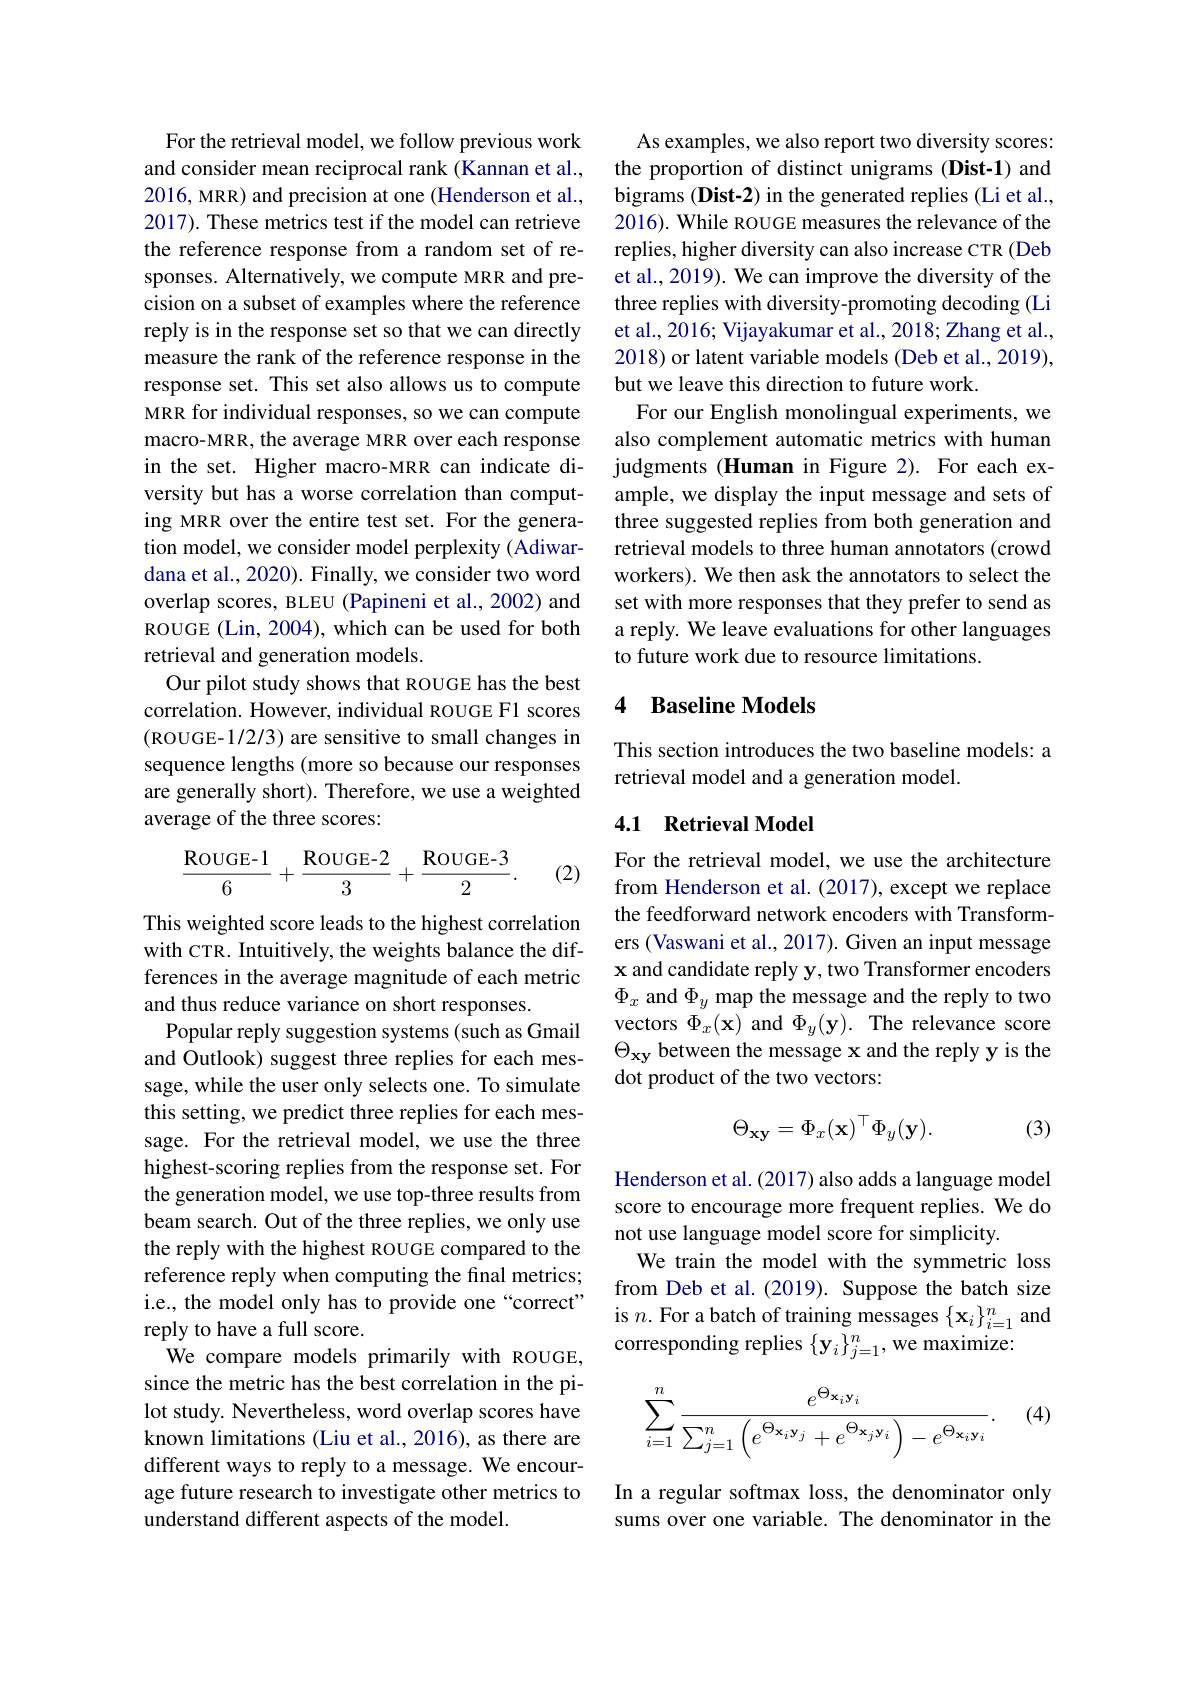
For the retrieval model, we follow previous work and consider mean reciprocal rank (Kannan et al., 2016, MRR) and precision at one (Henderson et al., 2017). These metrics test if the model can retrieve the reference response from a random set of responses. Alternatively, we compute MRR and precision on a subset of examples where the reference reply is in the response set so that we can directly measure the rank of the reference response in the response set. This set also allows us to compute MRR for individual responses, so we can compute macro-MRR, the average MRR over each response in the set. Higher macro-MRR can indicate diversity but has a worse correlation than computing MRR over the entire test set. For the generation model, we consider model perplexity (Adiwardana et al., 2020). Finally, we consider two word overlap scores, BLEU (Papineni et al., 2002) and ROUGE (Lin, 2004), which can be used for both retrieval and generation models.
Our pilot study shows that ROUGE has the best correlation. However, individual ROUGE F1 scores (ROUGE-1/2/3) are sensitive to small changes in sequence lengths (more so because our responses are generally short). Therefore, we use a weighted average of the three scores:
$$\frac{\text{ROUGE-}1}{6}+\frac{\text{ROUGE-}2}{3}+\frac{\text{ROUGE-}3}{2}.$$
(2)

This weighted score leads to the highest correlation with CTR. Intuitively, the weights balance the differences in the average magnitude of each metric and thus reduce variance on short responses.
Popular reply suggestion systems (such as Gmail and Outlook) suggest three replies for each message, while the user only selects one. To simulate this setting, we predict three replies for each message. For the retrieval model, we use the three highest-scoring replies from the response set. For the generation model, we use top-three results from beam search. Out of the three replies, we only use the reply with the highest ROUGE compared to the reference reply when computing the final metrics; i.e., the model only has to provide one“correct” reply to have a full score.
We compare models primarily with ROUGE, since the metric has the best correlation in the pilot study. Nevertheless, word overlap scores have known limitations (Liu et al., 2016), as there are different ways to reply to a message. We encourage future research to investigate other metrics to understand different aspects of the model.

As examples, we also report two diversity scores: the proportion of distinct unigrams (Dist-1) and bigrams (Dist-2) in the generated replies (Li et al., 2016). While ROUGE measures the relevance of the replies, higher diversity can also increase CTR (Deb et al., 2019). We can improve the diversity of the three replies with diversity-promoting decoding (Li et al., 2016; Vijayakumar et al., 2018; Zhang et al., 2018) or latent variable models (Deb et al., 2019), but we leave this direction to future work.
For our English monolingual experiments, we also complement automatic metrics with human judgments (Human in Figure 2). For each example, we display the input message and sets of three suggested replies from both generation and retrieval models to three human annotators (crowd workers). We then ask the annotators to select the set with more responses that they prefer to send as a reply. We leave evaluations for other languages to future work due to resource limitations.

### 4 Baseline Models

This section introduces the two baseline models: a
retrieval model and a generation model.

### 4.1 Retrieval Model

For the retrieval model, we use the architecture from Henderson et al.(2017), except we replace the feedforward network encoders with Transformers (Vaswani et al., 2017). Given an input message x and candidate reply y, two Transformer encoders $\Phi_x$ and $\Phi_y$ map the message and the reply to two vectors $\Phi_{x}(\mathbf{x})$ and $\Phi_{y}(\mathbf{y}).$ The relevance score $\Theta_\mathrm{xy}$ between the message x and the reply y is the dot product of the two vectors:

(3)
$$\Theta_{\mathbf{xy}}=\Phi_x(\mathbf{x})^\top\Phi_y(\mathbf{y}).$$
Henderson et al. (2017) also adds a language model score to encourage more frequent replies. We do not use language model score for simplicity.
We train the model with the symmetric loss from Deb et al.(2019). Suppose the batch size is $n.$ For a batch of training messages $\{\mathbf{x}_{i}\}_{i=1}^{n}$ and corresponding replies $\{\mathbf{y}_{i}\}_{j=1}^{n}$,we maximize:

(4)
$$\begin{aligned}\sum_{i=1}^n\frac{e^{\Theta_{\mathbf{x}_i\mathbf{y}_i}}}{\sum_{j=1}^n\left(e^{\Theta_{\mathbf{x}_i\mathbf{y}_j}}+e^{\Theta_{\mathbf{x}_j\mathbf{y}_i}}\right)-e^{\Theta_{\mathbf{x}_i\mathbf{y}_i}}}.\end{aligned}$$
In a regular softmax loss, the denominator only sums over one variable. The denominator in the